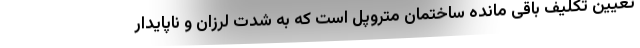
تعیین تکلیف باقی مانده ساختمان متروپل است که به شدت لرزان و ناپایدار